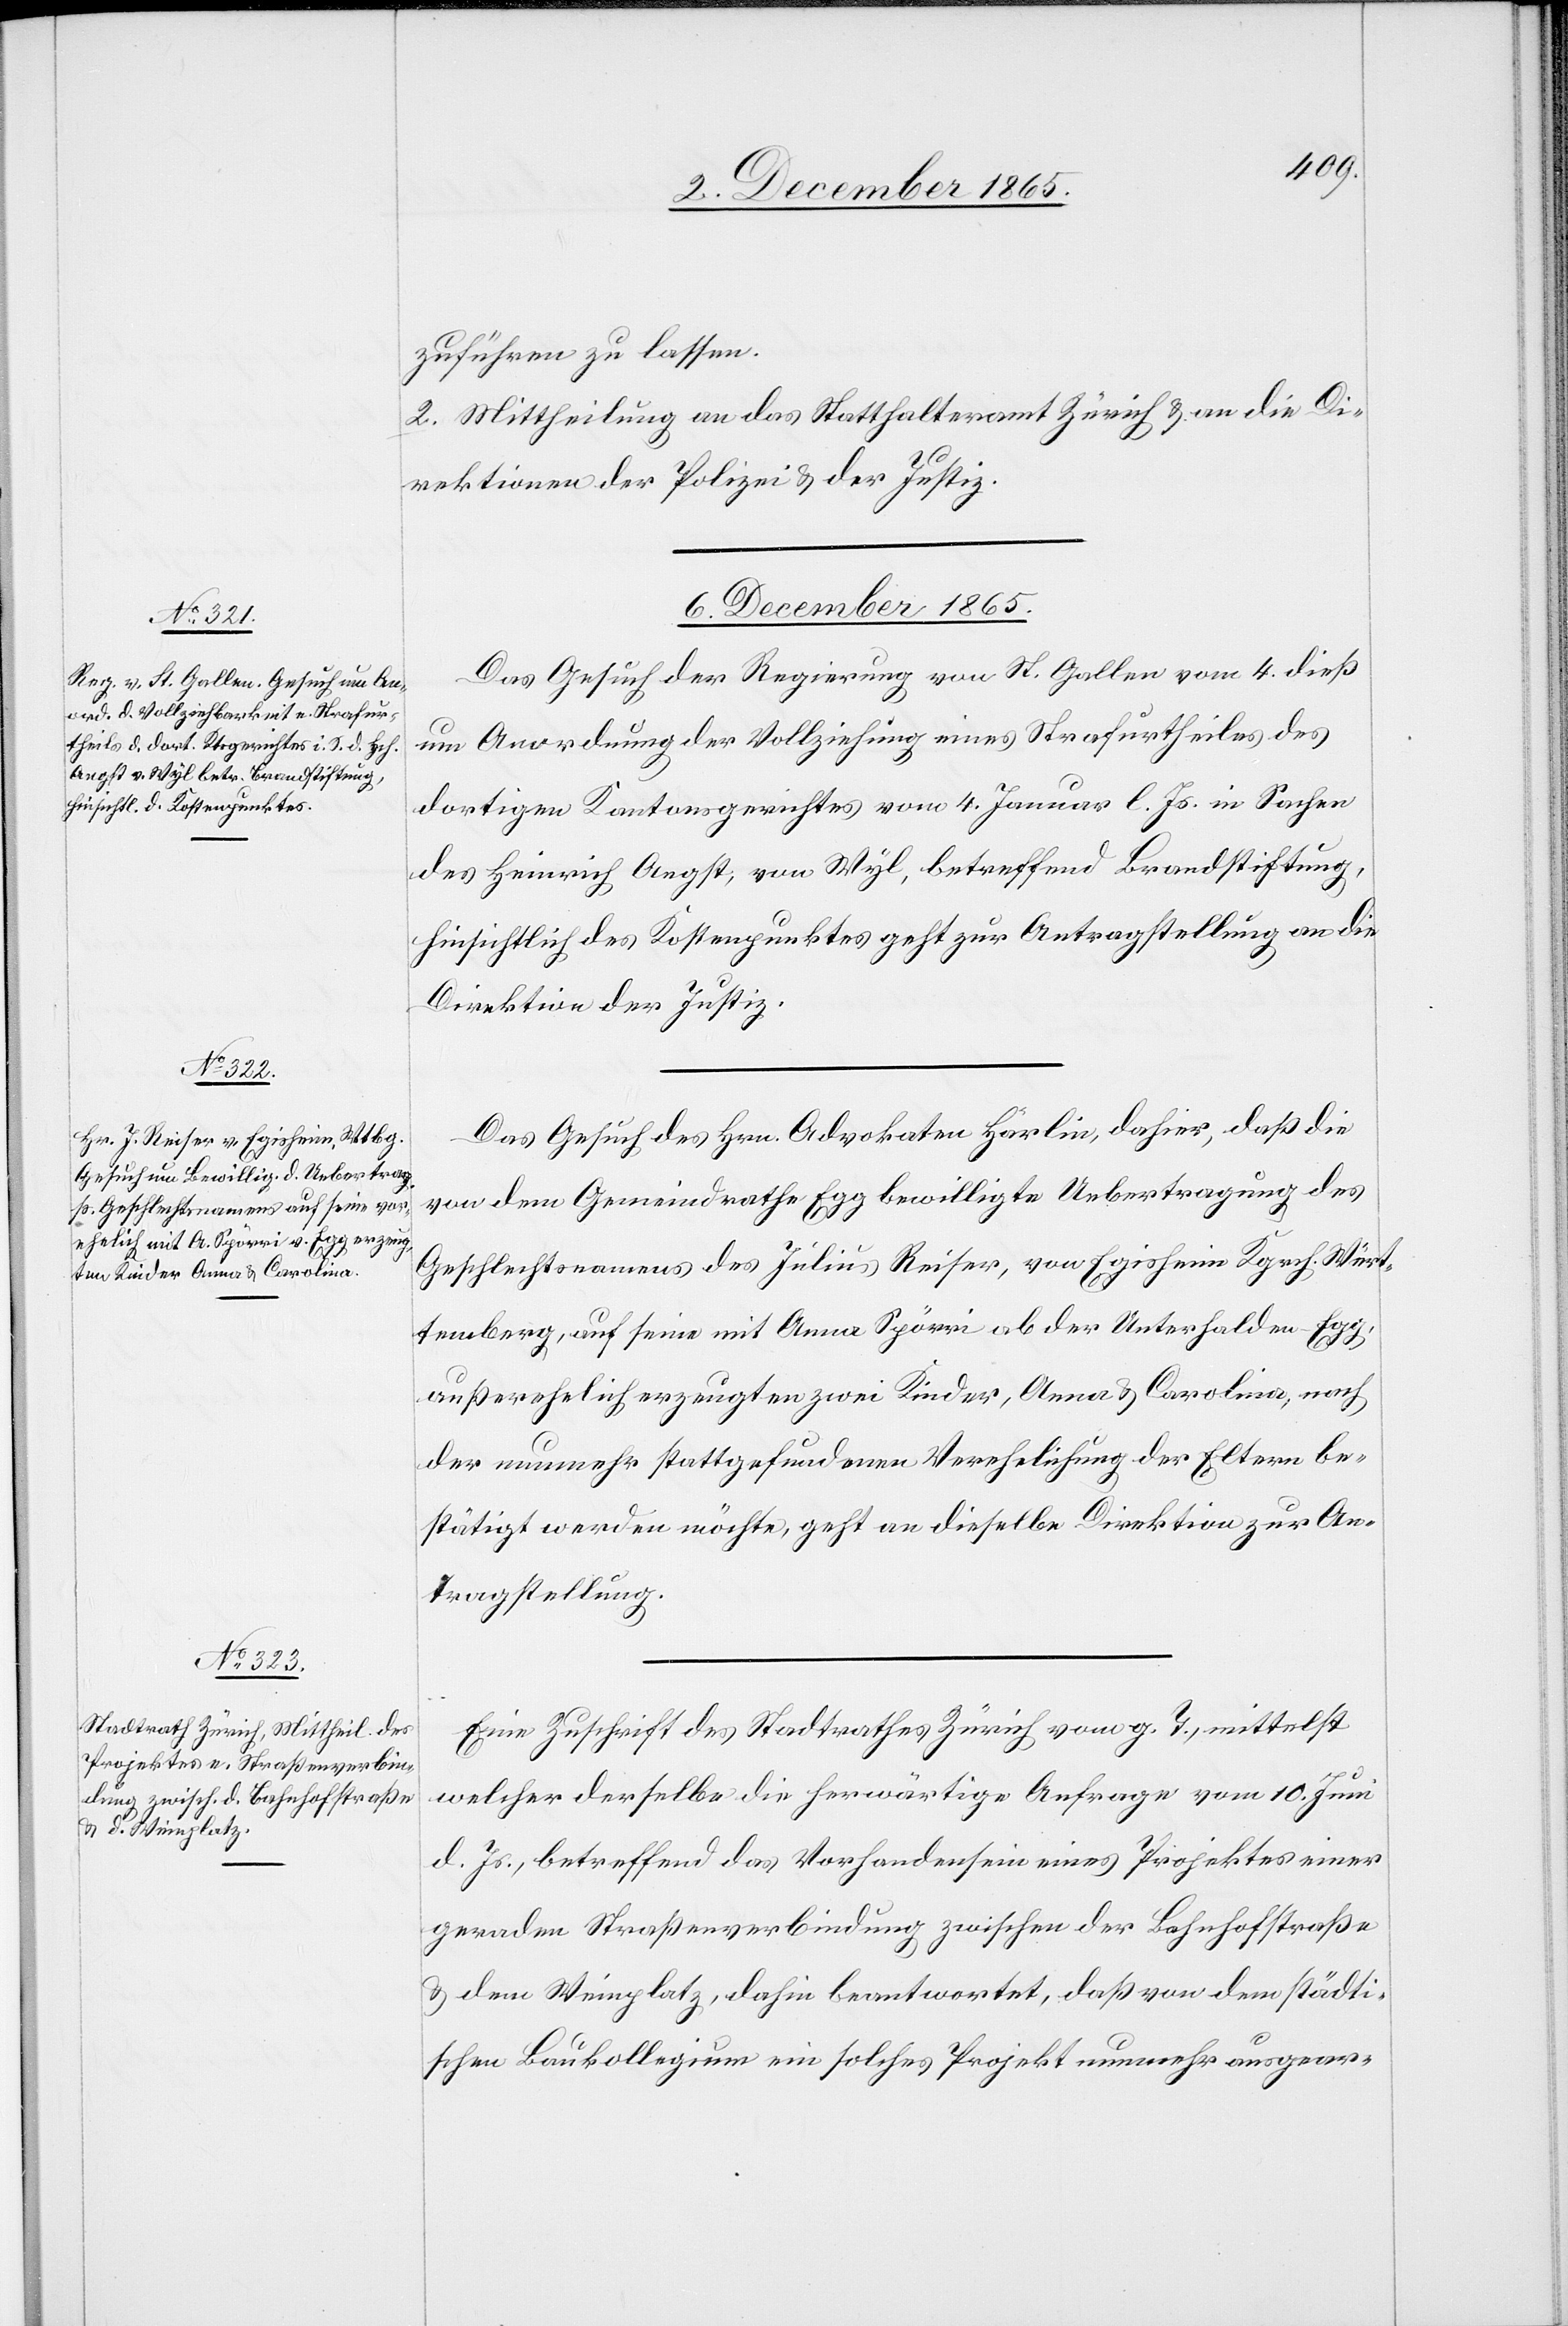
zuführen zu lassen.
2. Mittheilung an das Statthalteramt Zürich & an die Di¬
rektionen der Polizei & der Justiz.
6. December 1865.]
Das Gesuch der Regierung von St. Gallen vom 4. dieß
um Anordnung der Vollziehung eines Strafurtheiles des
dortigen Kantonsgerichtes vom 4. Januar l. Js. in Sachen
des Heinrich Angst, von Wyl, betreffend Brandstiftung,
hinsichtlich des Kostenpunktes geht zur Antragstellung an die
Direktion der Justiz.
Das Gesuch des Hrn. Advokaten Härlin, dahier, daß die
von dem Gemeindrath Egg bewilligte Uebertragung des
Geschlechtsnamens des Julius Reiser, von Egisheim Kgrch. Würt¬
temberg, auf seine mit Anna Spörri ab der Unterhalden - Egg,
außerehelich erzeugten zwei Kinder, Anna & Carolina, nach
der nunmehr stattgefundenen Verehelichung der Eltern be¬
stätigt werden möchte, geht an dieselbe Direktion zur An¬
tragstellung.
Eine Zuschrift des Stadtrathes Zürich vom g. T., mittelst
welcher derselbe die herwärtige Anfrage vom 10. Juni
d. Js., betreffend das Vorhandensein eines Projektes einer
geraden Straßenverbindung zwischen der Bahnhofstraße
& dem Weinplatz, dahin beantwortet, daß von dem städti¬
schen Baukollegium ein solches Projekt nunmehr ausgear-